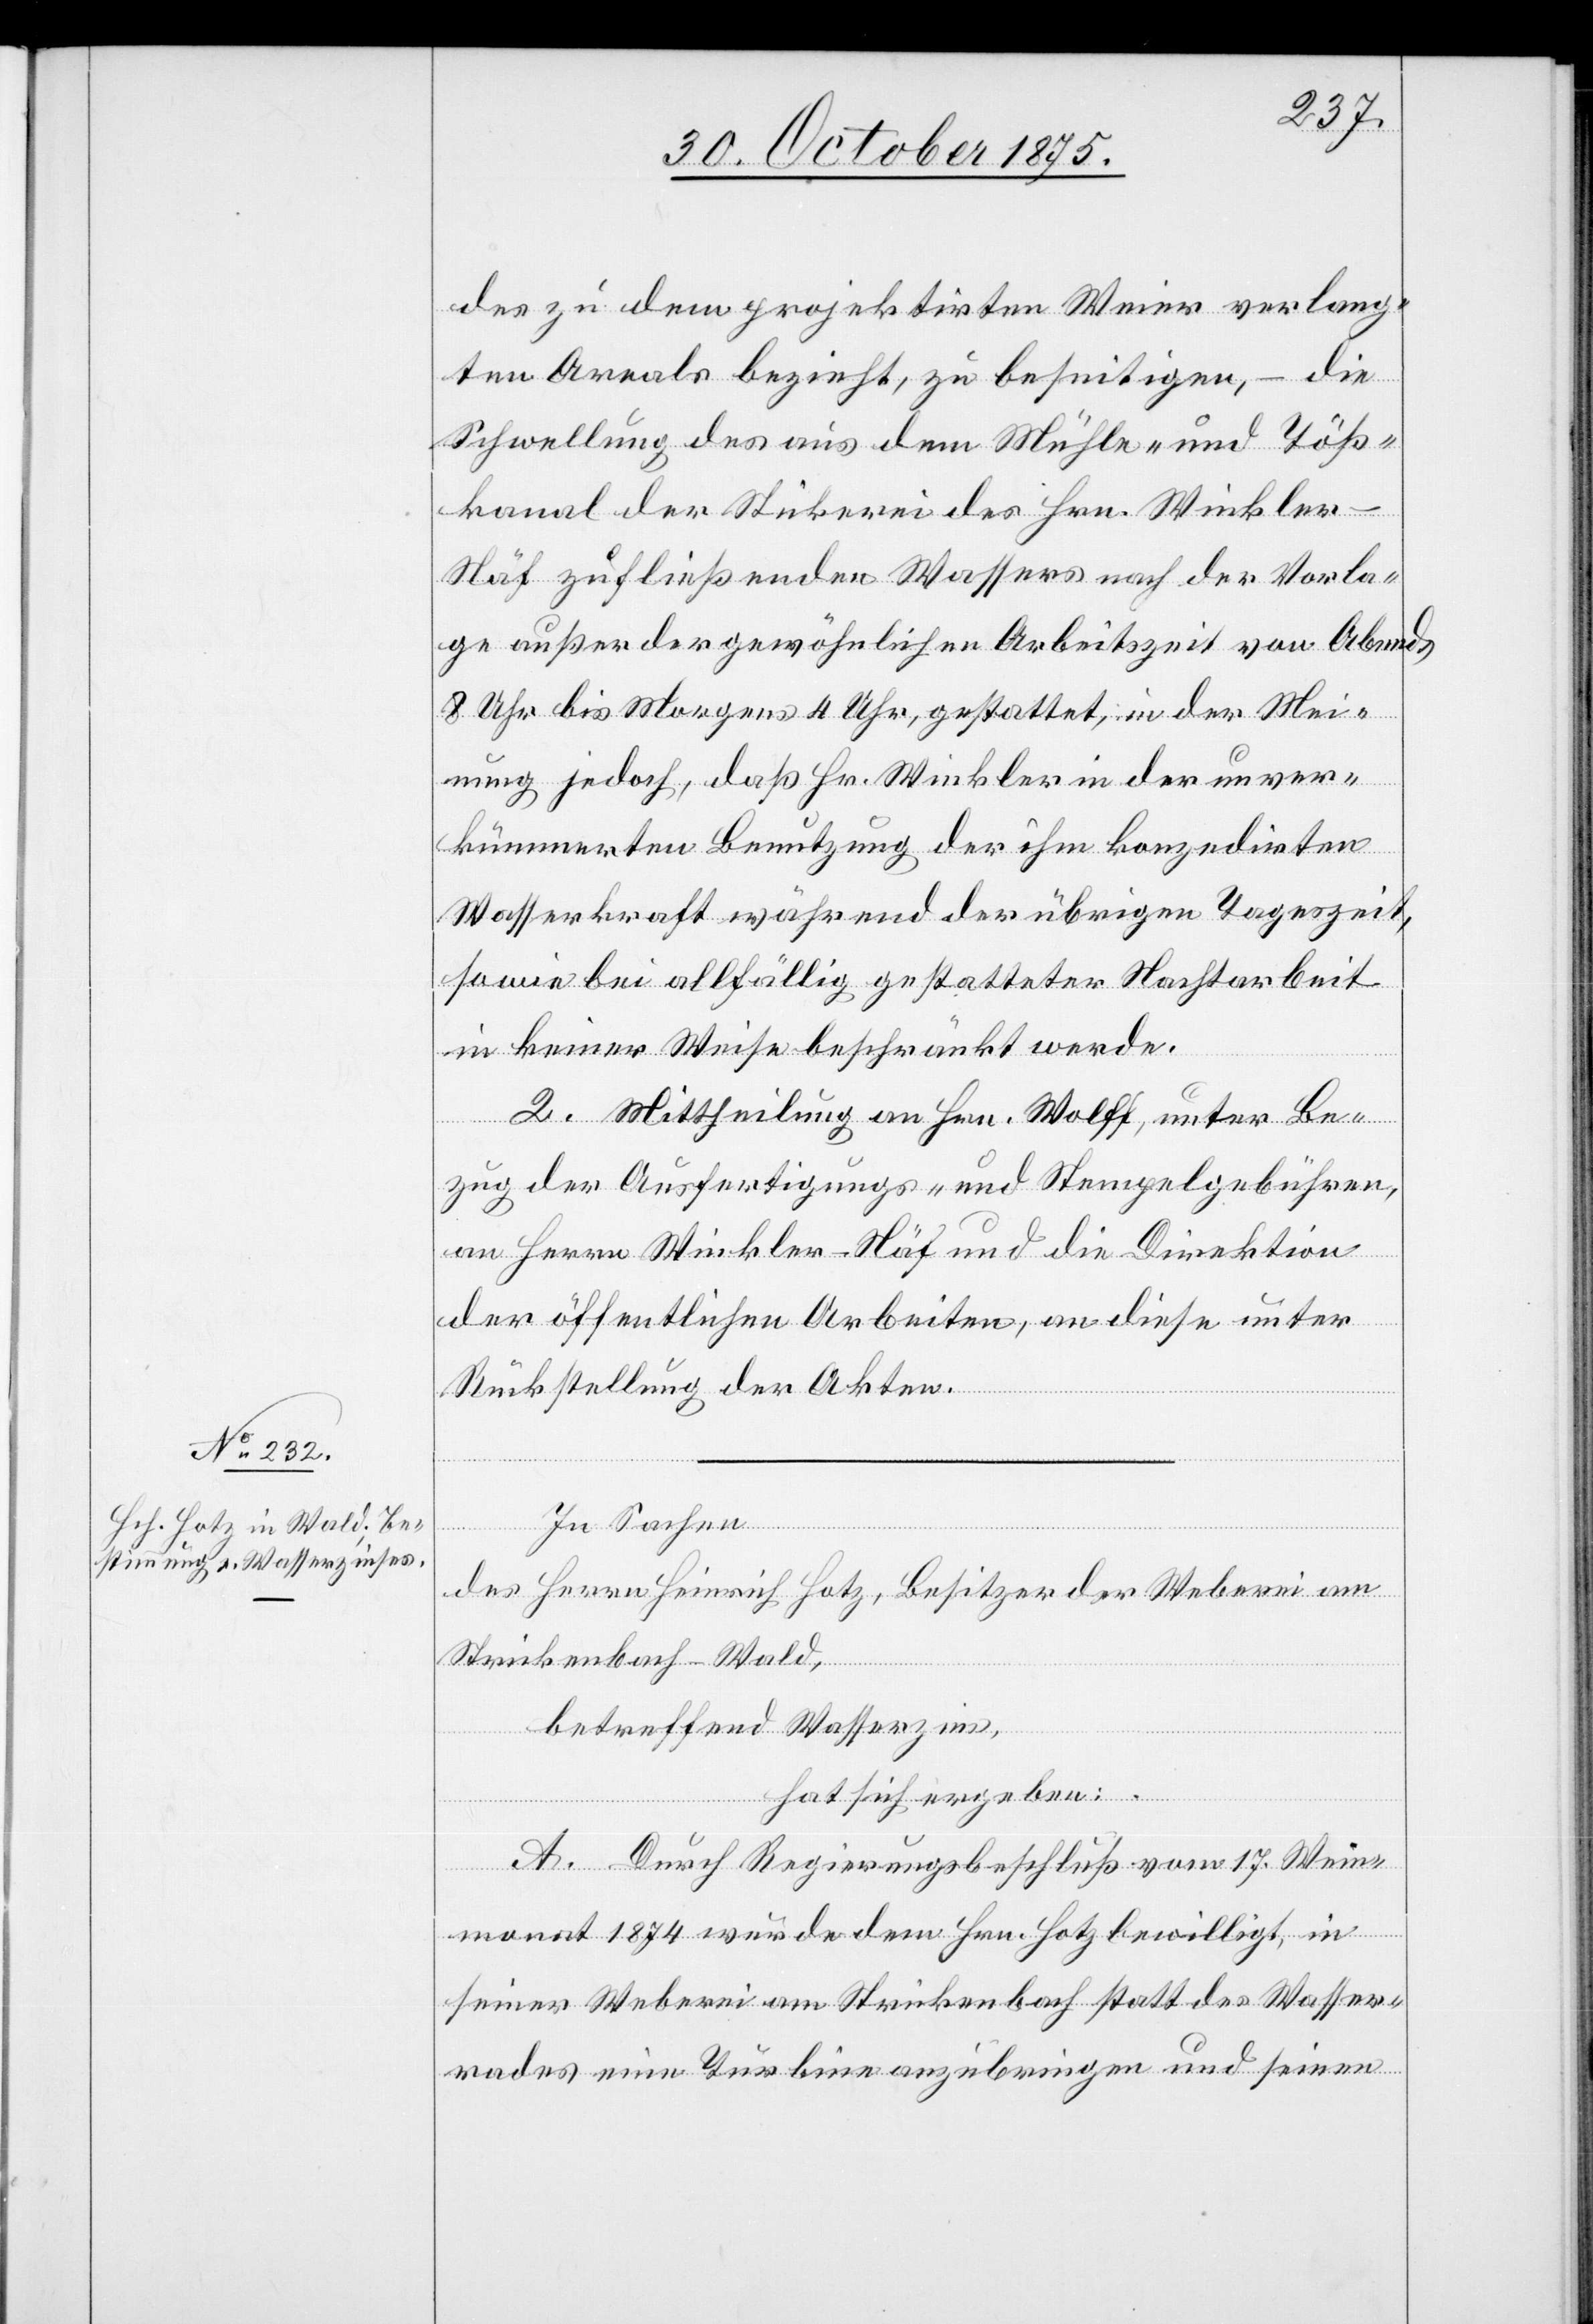
des zu dem projektirten Weier verlang¬
ten Areals bezieht, zu beseitigen, – die
Schwellung des aus dem Mühle- und Töß¬
kanal der Stickerei des Hrn. Winkler-N¬
äf zufließenden Wassers nach der Vorla¬
ge außer der gewöhnlichen Arbeitszeit von Abends
8 Uhr bis Morgens 4 Uhr, gestattet, in der Mei¬
nung jedoch, daß Hr. Winkler in der unver¬
kümmerten Benutzung der ihm konzedirten
Wasserkraft während der übrigen Tageszeit,
sowie bei allfällig gestatteter Nachtarbeit
in keiner Weise beschränkt werde.
2. Mittheilung an Hrn. Wolff, unter Be¬
zug der Ausfertigungs- und Stempelgebühren,
an Herrn Winkler-Näf und die Direktion
der öffentlichen Arbeiten, an diese unter
Rückstellung der Akten.
In Sachen
des Herrn Heinrich Hotz, Besitzer der Weberei am
Strickenbach - Wald,
betreffend Wasserzins,
hat sich ergeben:
A. Durch Regierungsbeschluß vom 17. Wein¬
monat 1874 wurde dem Hrn. Hotz bewilligt, in
seiner Weberei am Strickenbach statt des Wasser¬
rades eine Turbine anzubringen und seinen